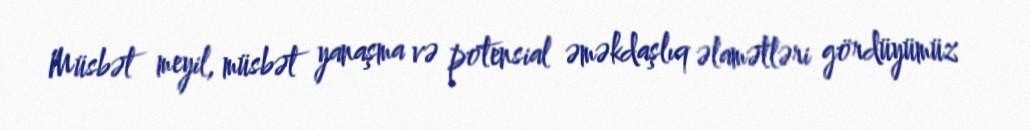
Müsbət meyil, müsbət yanaşma və potensial əməkdaşlıq əlamətləri gördüyümüz